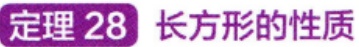
定理 28 长方形的性质